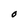
Character: O